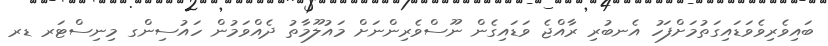
ބައިވެރިވެވަޑައިގަތުމަށްފަހު އެނބުރި ރާއްޖެ ވަޑައިގެން ނޫސްވެރިންނަށް މައުލޫމާތު ދެއްވަމުން ހައުސިންގ މިނިސްޓަރ ޑރ